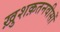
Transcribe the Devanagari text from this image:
ख़ुशक़तनवीसों